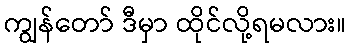
ကျွန်တော် ဒီမှာ ထိုင်လို့ရမလား။